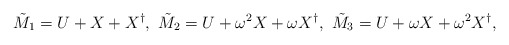
\begin{align*}\tilde{M}_1=U+X+X^{\dagger},\,\,\tilde{M}_2=U+\omega^2X+\omega X^{\dagger},\,\,\tilde{M}_3=U+\omega X+\omega^2X^{\dagger},\end{align*}